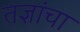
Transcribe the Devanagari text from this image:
तज्ञांचा